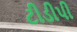
ટીડીપી